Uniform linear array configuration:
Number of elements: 48
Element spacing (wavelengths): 1
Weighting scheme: binomial
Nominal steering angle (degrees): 0
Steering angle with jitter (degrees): -1.868
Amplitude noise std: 0.05
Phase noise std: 0.05

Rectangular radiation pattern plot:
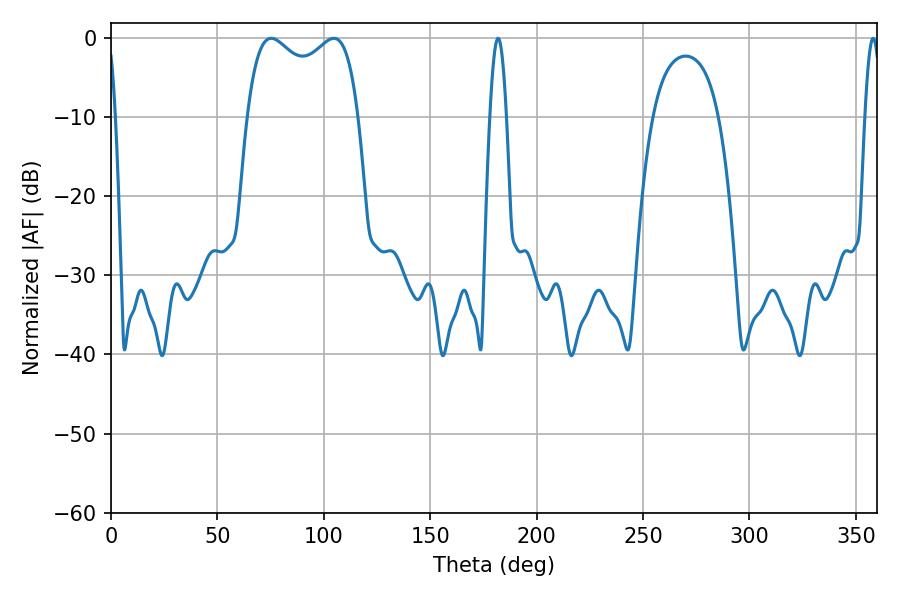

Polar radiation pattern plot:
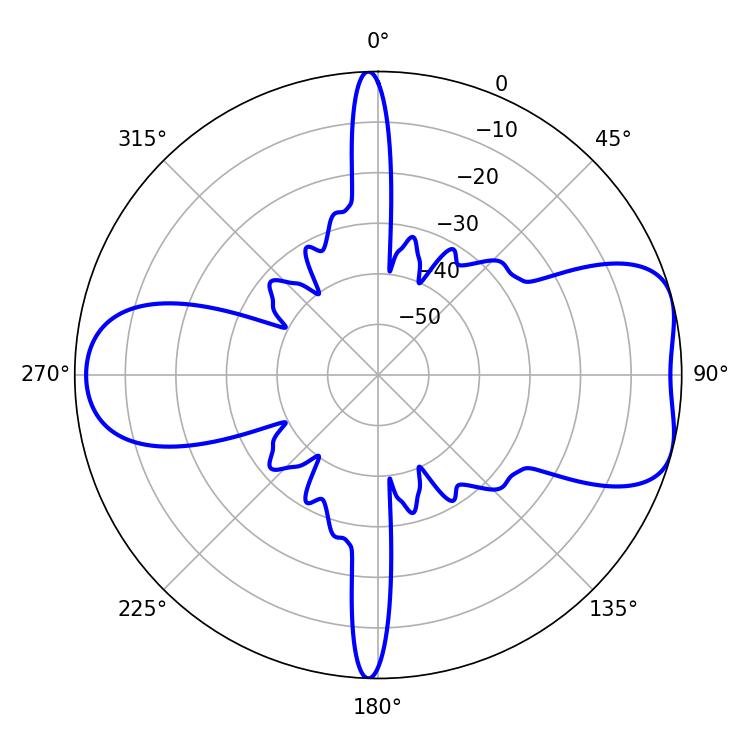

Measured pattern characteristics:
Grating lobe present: TRUE
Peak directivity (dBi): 6.985
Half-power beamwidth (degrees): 43.2
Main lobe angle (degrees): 75.24